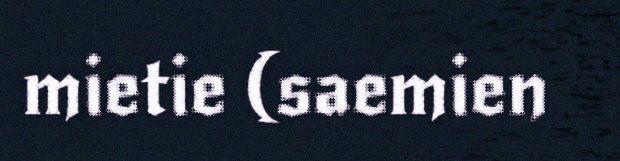
mietie (saemien